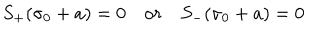
LaTeX: S _ { + } ( \sigma _ { 0 } + a ) = 0 \quad { \mathrm { o } r } \quad S _ { - } ( \sigma _ { 0 } + a ) = 0